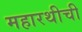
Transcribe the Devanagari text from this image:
महारथीची